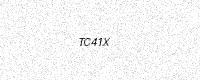
Text: TC41X